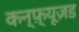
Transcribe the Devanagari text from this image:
कन्फ़्यूज़ड